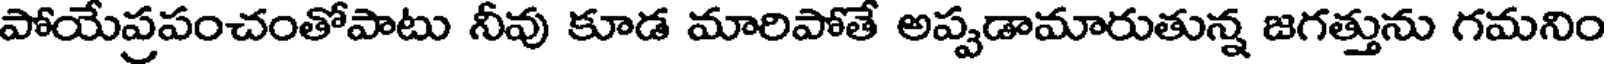
పోయేప్రపంచంతోపాటు నీవు కూడ మారిపోతే అప్పడామారుతున్న జగత్తును గమనిం